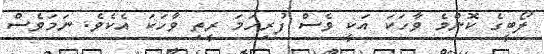
ލޯބީގެ ކޮންމެ ވާހަކަ އަކީ ވެސް ފުރިހަމަ ރީތި ވާހަކަ އެކެވެ. ނަމަވެސް